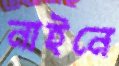
নাইনে